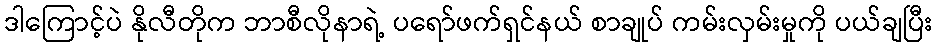
ဒါကြောင့်ပဲ နိုလီတိုက ဘာစီလိုနာရဲ့ ပရော်ဖက်ရှင်နယ် စာချုပ် ကမ်းလှမ်းမှုကို ပယ်ချပြီး